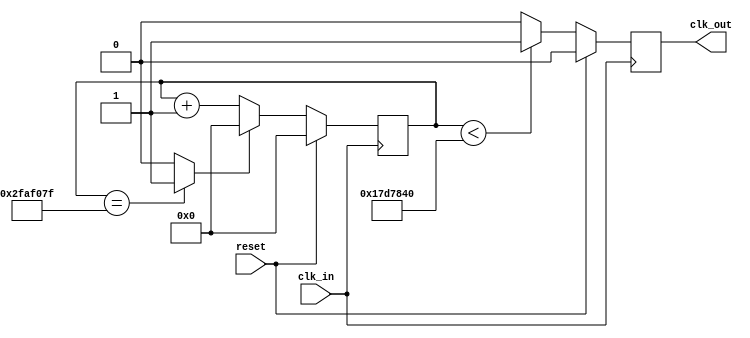
/*******************************************************************************
 *
 * RTL source: [freq_div_1Hz.v]
 *
 ******************************************************************************/



/*******************************************************************************
 *
 * module freq_div_1Hz:
 *
 *	- a clock-frequency divider
 *	- to generate 1Hz clock in 50% duty cycle from the 500MHz clock input
 *	  of the DE2-115 board
 *
 ******************************************************************************/

`define CLK_IN_FREQ		50000000
`define HALF_FREQ		25000000

//
// smaller value for testing
//
//`define CLK_IN_FREQ		500
//`define HALF_FREQ		250

module freq_div_1Hz (
	clk_in,
	clk_out,
	reset
);

input		clk_in;
output		clk_out;
input		reset;

reg		[27:0]		counter;
wire				counter_top;
wire				half_high;
reg					clk_out;

assign counter_top = (counter==(`CLK_IN_FREQ-1))? 1'b1: 1'b0;
assign half_high = (counter<`HALF_FREQ)? 1'b1: 1'b0;

always @(posedge clk_in) begin
	if (reset)
		counter <= 0;
	else if (counter_top)
		counter <= 0;
	else
		counter <= counter+1;
end

always @(posedge clk_in) begin
	if (reset)
		clk_out <= 1'b0;
	else
		clk_out <= half_high;
end

endmodule